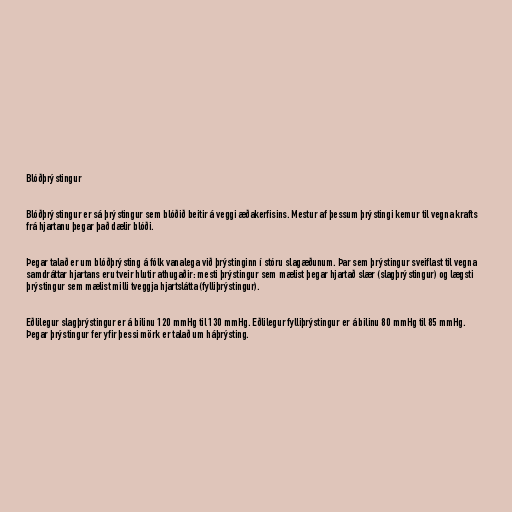
Blóðþrýstingur

Blóðþrýstingur er sá þrýstingur sem blóðið beitir á veggi æðakerfisins. Mestur af þessum þrýstingi kemur til vegna krafts
frá hjartanu þegar það dælir blóði.

Þegar talað er um blóðþrýsting á fólk vanalega við þrýstinginn í stóru slagæðunum. Þar sem þrýstingur sveiflast til vegna
samdráttar hjartans eru tveir hlutir athugaðir: mesti þrýstingur sem mælist þegar hjartað slær (slagþrýstingur) og lægsti
þrýstingur sem mælist milli tveggja hjartslátta (fylliþrýstingur).

Eðlilegur slagþrýstingur er á bilinu 120 mmHg til 130 mmHg. Eðlilegur fylliþrýstingur er á bilinu 80 mmHg til 85 mmHg.
Þegar þrýstingur fer yfir þessi mörk er talað um háþrýsting.